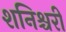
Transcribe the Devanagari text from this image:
शनिश्चरी